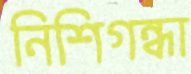
নিশিগন্ধা